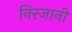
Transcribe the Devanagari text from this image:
निरजानी